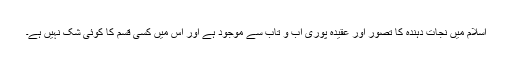
اسلام میں نجات دہندہ کا تصور اور عقیدہ پوری آب و تاب سے موجود ہے اور اس میں کسی قسم کا کوئی شک نہیں ہے۔